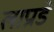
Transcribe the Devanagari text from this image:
लाप्राडे